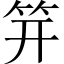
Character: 笄